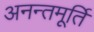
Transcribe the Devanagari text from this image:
अनन्तमूर्ति